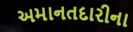
અમાનતદારીના